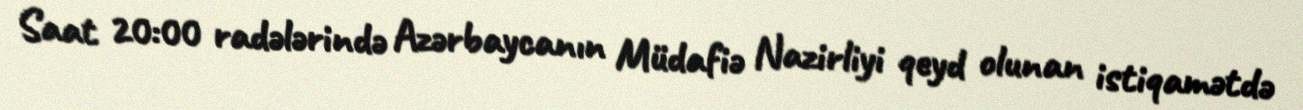
Saat 20:00 radələrində Azərbaycanın Müdafiə Nazirliyi qeyd olunan istiqamətdə